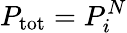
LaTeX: P_{\mathrm{tot}}=P_{i}^{N}